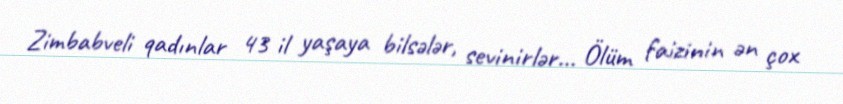
Zimbabveli qadınlar 43 il yaşaya bilsələr, sevinirlər... Ölüm faizinin ən çox